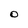
Character: O